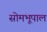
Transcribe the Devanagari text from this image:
सोमभूपाल